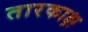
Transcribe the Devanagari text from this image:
तारकाक्ष